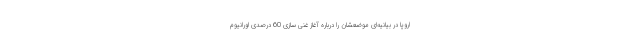
اروپا در بیانیه‌ای موضعشان را درباره آغاز غنی سازی 60 درصدی اورانیوم